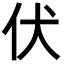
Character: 伏